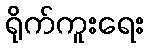
ရိုက်ကူးရေး